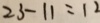
2 3 - 1 1 = 1 2